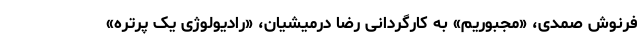
فرنوش صمدی، «مجبوریم» به کارگردانی رضا درمیشیان، «رادیولوژی یک پرتره»